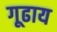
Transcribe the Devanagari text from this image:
गूढाय